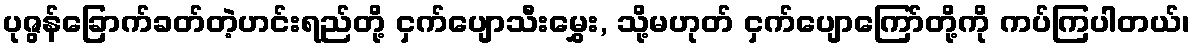
ပုဇွန်ခြောက်ခတ်တဲ့ဟင်းရည်တို့ ငှက်ပျောသီးမွှေး, သို့မဟုတ် ငှက်ပျောကြော်တို့ကို ကပ်ကြပါတယ်၊